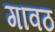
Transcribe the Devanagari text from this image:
गावठ